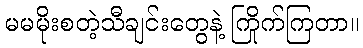
မမမိုးစတဲ့သီချင်းတွေနဲ့ ကြိုက်ကြတာ။